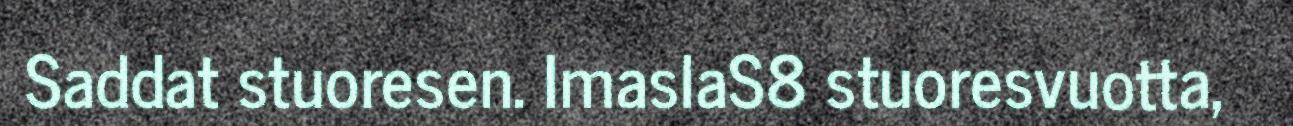
Saddat stuoresen. ImaslaS8 stuoresvuotta,